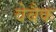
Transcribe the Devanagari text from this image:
वेबैक